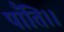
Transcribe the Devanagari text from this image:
पाँति।।